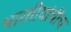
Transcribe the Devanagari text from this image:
भारतीयांचीच